Leaving Certificate Examination, 1904
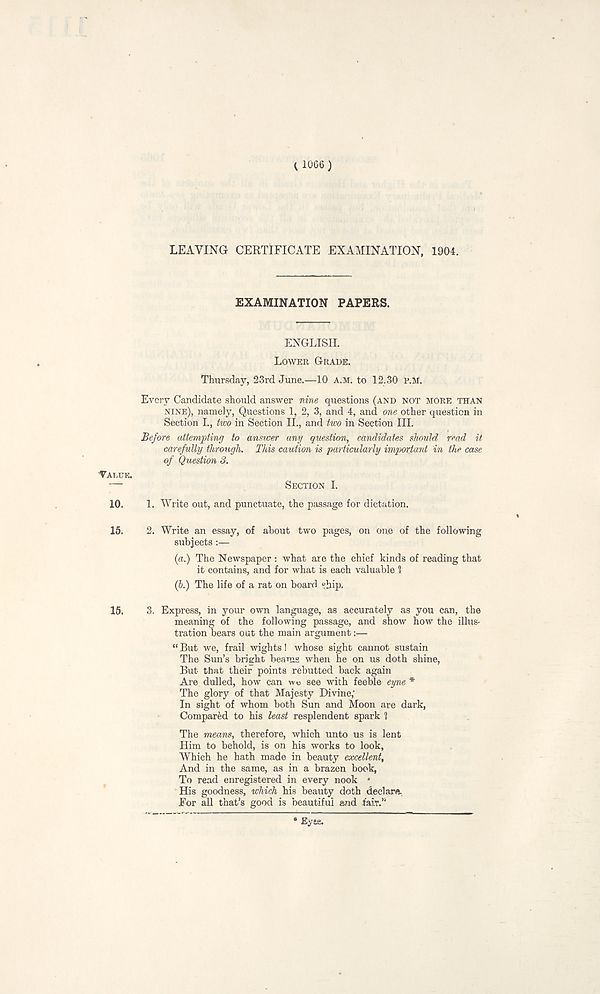
( 1066 )
LEAVING CERTIFICATE EXAMINATION, 1904.
EXAMINATION PAPERS.
ENGLISH.
LOWER GRADE.
Thursday, 23rd June.—10 A.M. to 12.30 E.M.
Every Candidate should answer nine questions (AND NOT MORE THAN
NINE), namely, Questions 1, 2, 3, and 4, and one other question in
Section L, two in Section II., and two in Section III.
Before attempting to answer any question, candidates should read it
carefully through. This caution is particularly important in the case
of Question 3.
10.
1. Write out, and punctuate, the passage for dictation.
15.
2. Write an essay, of about two pages, on one of the following
subjects :—
{a.) The Newspaper : what are the chief kinds of reading that
it contains, and for what is each valuable 1
(b.) The life of a rat on board “hip.
15.
3. Express, in your own language, as accurately as you can, the
meaning of the following passage, and show how the illus-
tration bears out the main argument:—
“ But we, frail wights! whose sight cannot sustain
The Sun’s bright beams when he on us doth shine,
But that their points rebutted back again
Are dulled, how can wc see with feeble eyne *
The glory of that Majesty Divine;
In sight of whom both Sun and Moon are dark,
Compared to his least resplendent spark 1
The means, therefore, which unto us is lent
Him to behold, is on his works to look,
Which he hath made in beauty excellent.
And in the same, as in a brazen book,
To read enregistered in every nook •
His goodness, which his beauty doth declare,
For all that’s good is beautiful and fair.'''